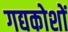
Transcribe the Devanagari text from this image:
गद्यकोशों